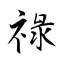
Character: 祿